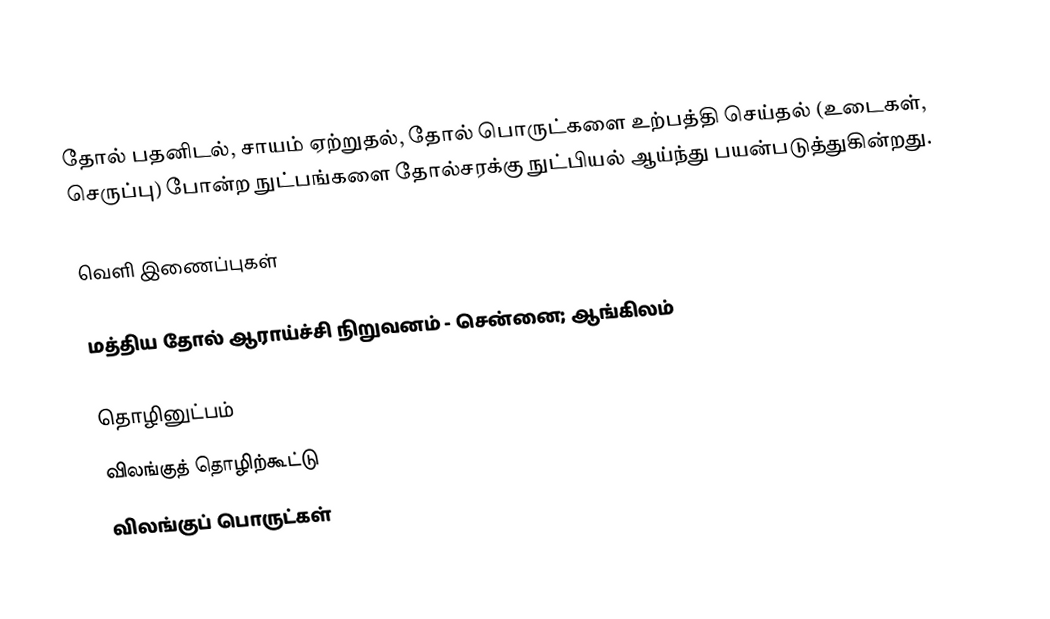
தோல் பதனிடல், சாயம் ஏற்றுதல், தோல் பொருட்களை உற்பத்தி செய்தல் (உடைகள், செருப்பு) போன்ற நுட்பங்களை தோல்சரக்கு நுட்பியல் ஆய்ந்து பயன்படுத்துகின்றது.

வெளி இணைப்புகள்

 மத்திய தோல் ஆராய்ச்சி நிறுவனம் - சென்னை; ஆங்கிலம்

தொழினுட்பம்
விலங்குத் தொழிற்கூட்டு
விலங்குப் பொருட்கள்